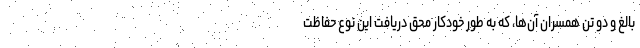
بالغ و دو تن همسران آن‌ها، که به طور خودکار محق دریافت این نوع حفاظت